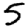
Digit: 5